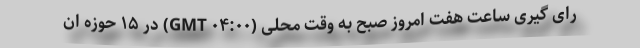
رای گیری ساعت هفت امروز صبح به وقت محلی (۰۴:۰۰ GMT) در ۱۵ حوزه ان